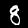
Label: 8